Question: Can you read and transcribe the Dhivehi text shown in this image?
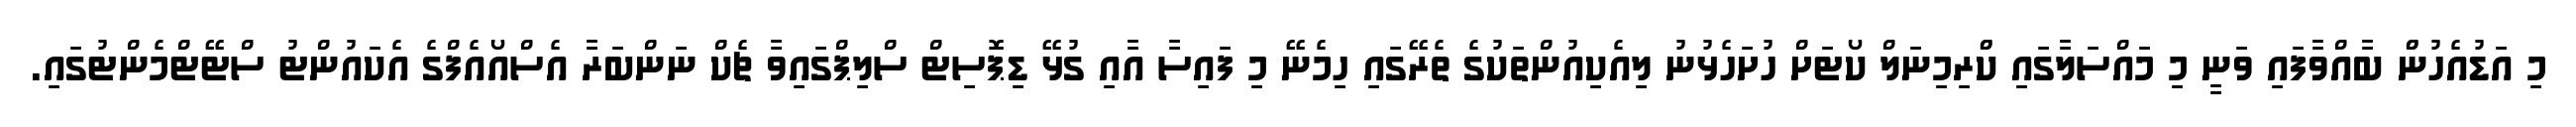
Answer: މި އަޑުއެހުންް ބާއްވާފައި ވަނީ މި މައްސަލާގައި ކްްރިމިނަލް ކޯޓަށް ހުށަހެޅުނު ލިއެކިއުންތަކުގެ ތެރޭގައި ހިމެނޭ މި ފައިސާ އާއި ގުޅޭ ޑިޕޮސިޓް ސްލިޕްގައިވާ ޗެކް ނަންބަރާ އެސްއޯއެފްގެ އެކައުންޓު ސްޓޭޓްމެންޓުގައި.